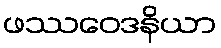
ဖဿဝေဒနိယာ